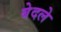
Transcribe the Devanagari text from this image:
बेदले